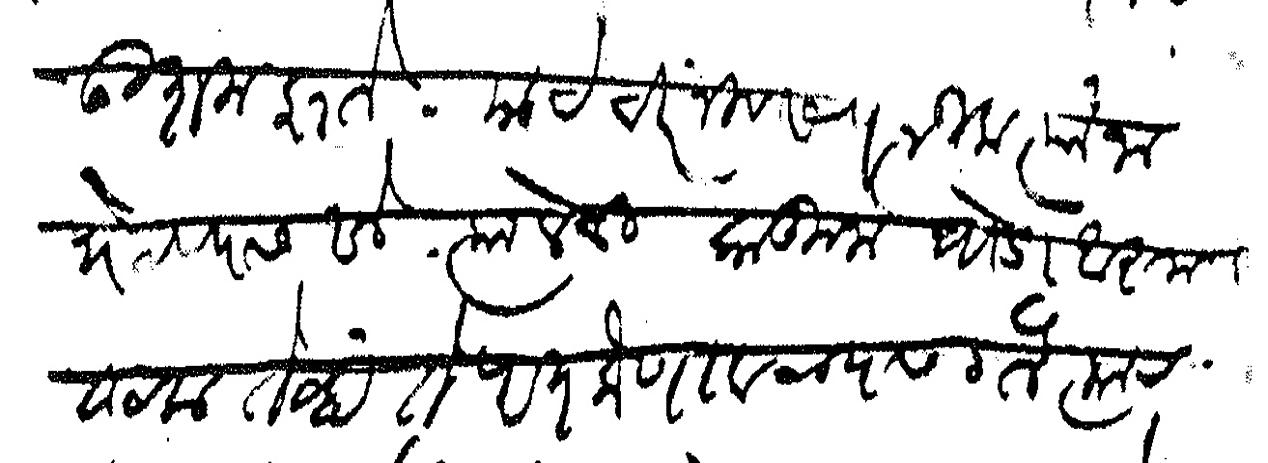
Transliteration (Devanagari): उत्तम झाले याचे चिरंजीव सपत्नीक त्यांना भेटण्यास आले त्यावेळी काकुना थोडा आराम वाटला तेव्हा ते परत लोणावळ्यास गेले त्याच